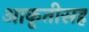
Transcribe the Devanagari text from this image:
आकृतीसह